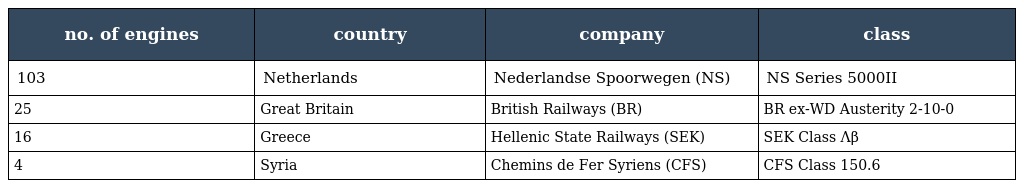
| no. of engines | country | company | class |
 | --- | --- | --- | --- |
 | 103 | Netherlands | Nederlandse Spoorwegen (NS) | NS Series 5000II |
 | 25 | Great Britain | British Railways (BR) | BR ex-WD Austerity 2-10-0 |
 | 16 | Greece | Hellenic State Railways (SEK) | SEK Class Λβ |
 | 4 | Syria | Chemins de Fer Syriens (CFS) | CFS Class 150.6 |